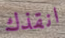
انقذك